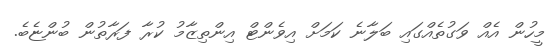
މީހުން އެއް ވަގުތެއްގައި ބަލާނެ ކަމަށް އިވެންޓް އިންތިޒާމު ކުރާ ފަރާތުން ބުންޏެބެ.